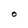
Character: O